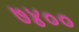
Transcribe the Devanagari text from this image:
७४००